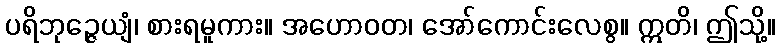
ပရိဘုဉ္ဇေယျံ၊ စားရမူကား။ အဟောဝတ၊ အော်ကောင်းလေစွ။ ဣတိ၊ ဤသို့။